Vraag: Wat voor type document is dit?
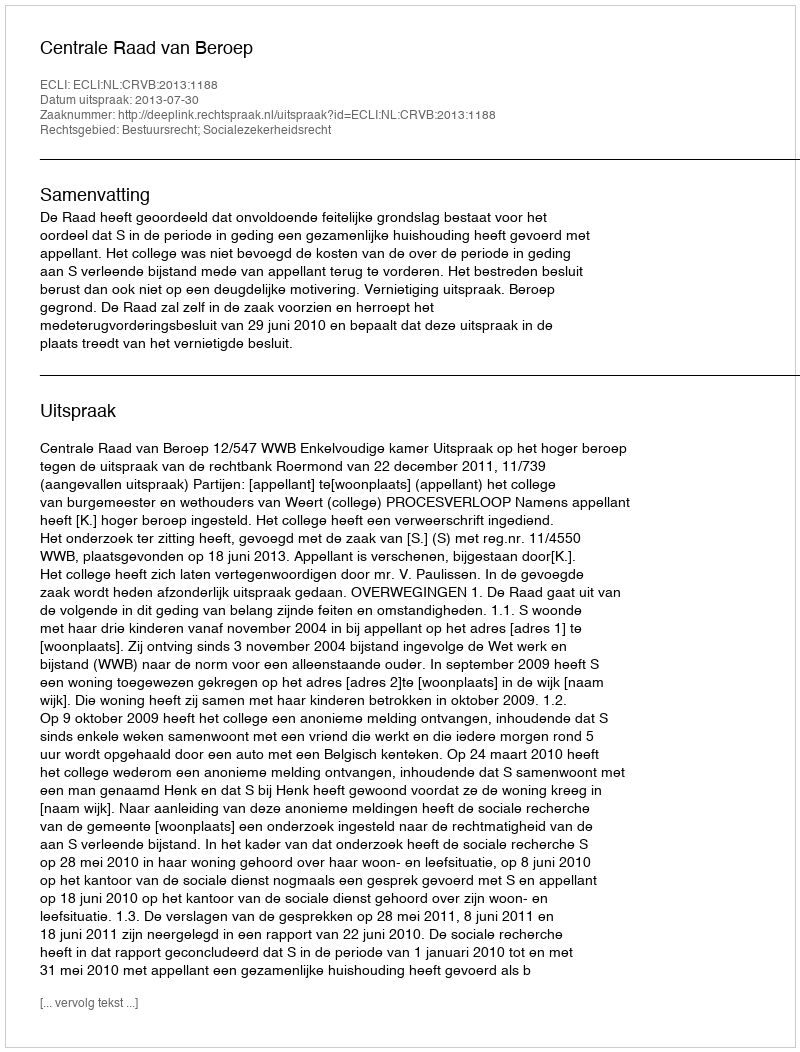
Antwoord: Uitspraak